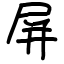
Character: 屏